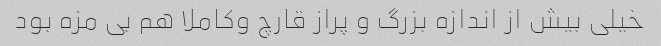
خیلی بیش از اندازه بزرگ و پراز قارچ وکاملا هم بی مزه بود